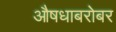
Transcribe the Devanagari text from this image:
औषधाबरोबर